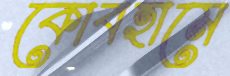
কোবহামে